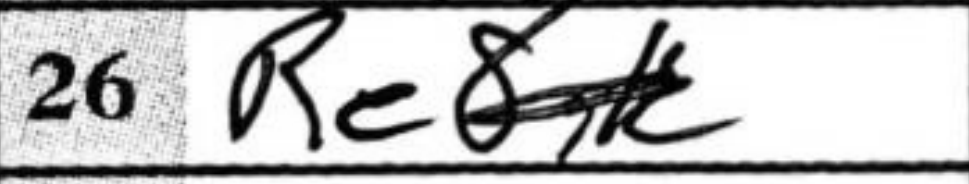
Transcription: Re8